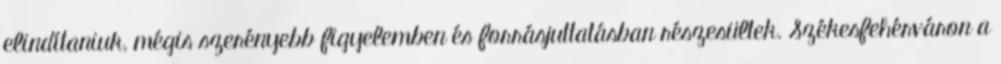
elindítaniuk, mégis szerényebb figyelemben és forrásjuttatásban részesültek. Székesfehérváron a